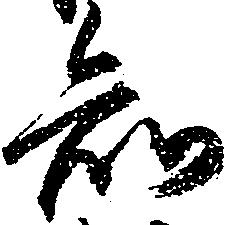
知